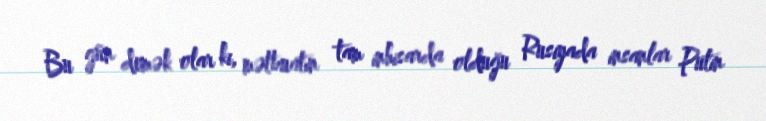
Bu gün demək olar ki, mətbuatın tam inhisarda olduğu Rusiyada insanlar Putin